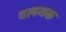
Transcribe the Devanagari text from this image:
दलयक